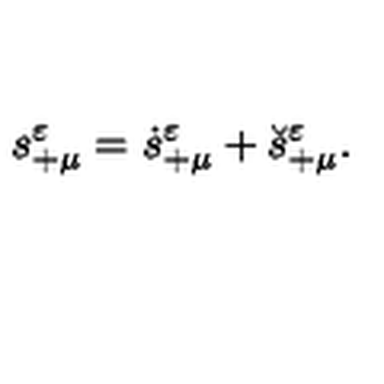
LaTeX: s _ { + \mu } ^ { \varepsilon } = \dot { s } _ { + \mu } ^ { \varepsilon } + \breve { s } _ { + \mu } ^ { \varepsilon } .